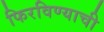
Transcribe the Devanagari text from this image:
फिरविण्याची